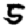
Digit: 5